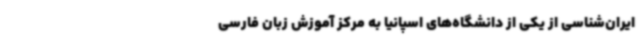
ایران‌شناسی از یکی از دانشگاه‌های اسپانیا به مرکز آموزش زبان فارسی